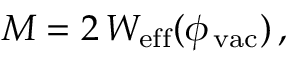
M = 2 \, { \cal W } _ { \mathrm { e f f } } ( \phi _ { \, \mathrm { v a c } } ) \, ,